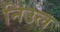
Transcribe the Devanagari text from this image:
निउल